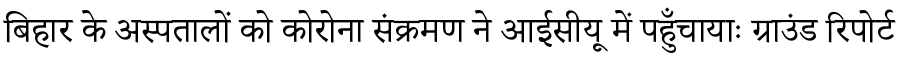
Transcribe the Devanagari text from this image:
बिहार के अस्पतालों को कोरोना संक्रमण ने आईसीयू में पहुँचायाः ग्राउंड रिपोर्ट